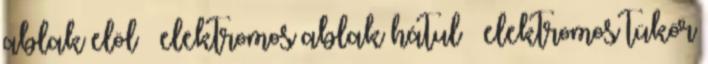
ablak elöl – elektromos ablak hátul – elektromos tükör